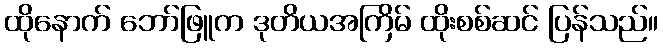
ထိုနောက် ဘော်ဖြူက ဒုတိယအကြိမ် ထိုးစစ်ဆင် ပြန်သည်။